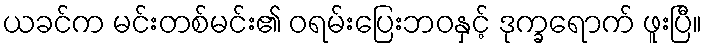
ယခင်က မင်းတစ်မင်း၏ ဝရမ်းပြေးဘဝနှင့် ဒုက္ခရောက် ဖူးပြီ။